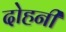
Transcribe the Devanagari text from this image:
दोहनी